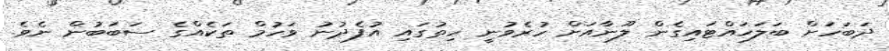
ދަބަހަށް ބަލަހައްޓައިގެން ލޫނާއަށް ހުރެވުނީ ހިތުގައި އުފެދުނު ވަހުމް ތަކެއްގެ ސަބަބުން ނެވެ.